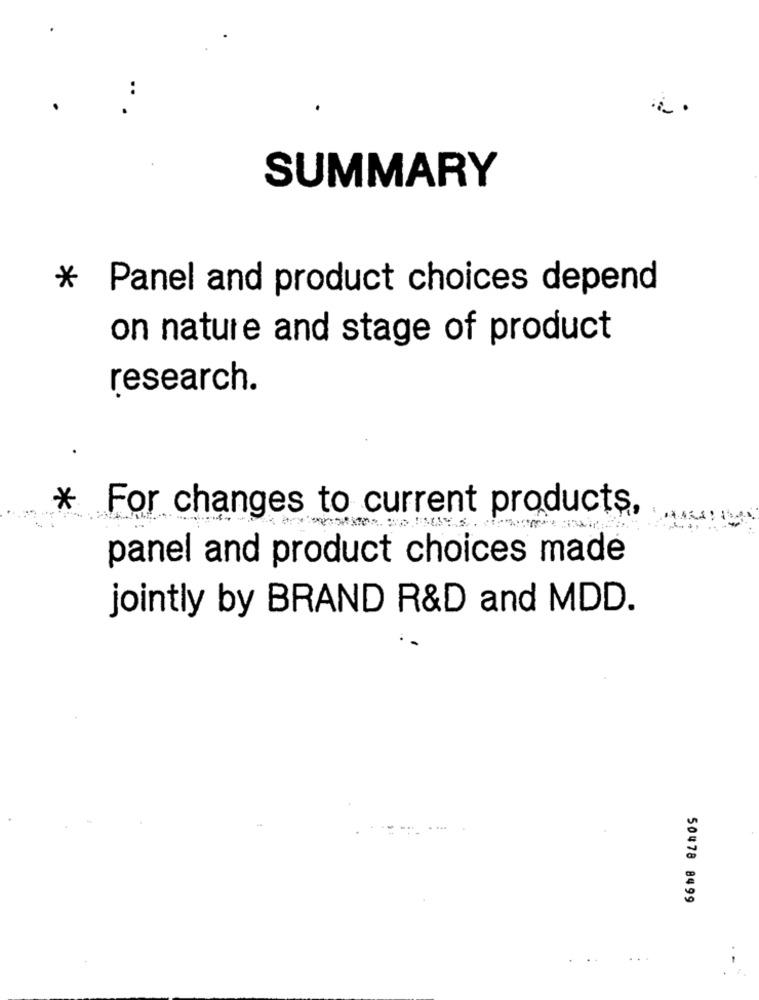
..
SUMMARY
* Panel and product choices depend
on nature and stage of product
research.
*
For changes to current products,
panel and product choices made
jointly by BRAND R&D and MDD.
50478 8499